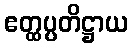
ဧတ္ထပ္ပတိဋ္ဌာယ